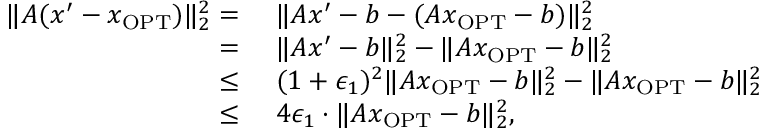
\begin{array} { r l } { \| A ( x ^ { \prime } - x _ { \mathrm { O P T } } ) \| _ { 2 } ^ { 2 } = } & { ~ \| A x ^ { \prime } - b - ( A x _ { \mathrm { O P T } } - b ) \| _ { 2 } ^ { 2 } } \\ { = } & { ~ \| A x ^ { \prime } - b \| _ { 2 } ^ { 2 } - \| A x _ { \mathrm { O P T } } - b \| _ { 2 } ^ { 2 } } \\ { \leq } & { ~ ( 1 + \epsilon _ { 1 } ) ^ { 2 } \| A x _ { \mathrm { O P T } } - b \| _ { 2 } ^ { 2 } - \| A x _ { \mathrm { O P T } } - b \| _ { 2 } ^ { 2 } } \\ { \leq } & { ~ 4 \epsilon _ { 1 } \cdot \| A x _ { \mathrm { O P T } } - b \| _ { 2 } ^ { 2 } , } \end{array}